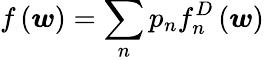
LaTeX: f\left(\boldsymbol{w}\right)=\sum_{n}p_{n}f_{n}^{D}\left(\boldsymbol{w}\right)